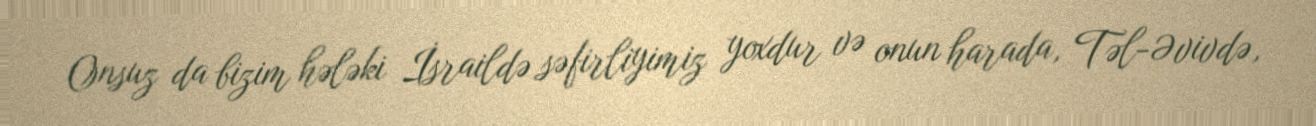
Onsuz da bizim hələki İsraildə səfirliyimiz yoxdur və onun harada, Təl-Əvivdə,